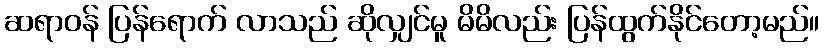
ဆရာဝန် ပြန်ရောက် လာသည် ဆိုလျှင်မူ မိမိလည်း ပြန်ထွက်နိုင်တော့မည်။